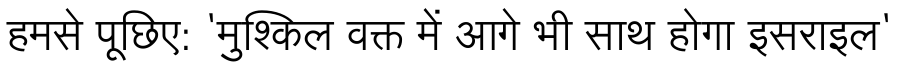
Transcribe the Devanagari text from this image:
हमसे पूछिए: 'मुश्किल वक्त में आगे भी साथ होगा इसराइल'